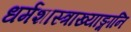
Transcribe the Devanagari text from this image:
धर्मशास्त्राख्याङ्गानि